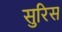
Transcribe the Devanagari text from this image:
सुरिस